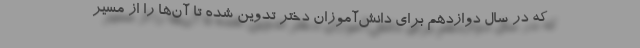
که در سال دوازدهم برای دانش‌آموزان دختر تدوین شده تا آن‌ها را از مسیر